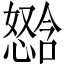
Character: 𫻈